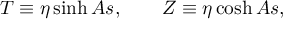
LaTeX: T \equiv \eta \sinh A s , \qquad Z \equiv \eta \cosh A s ,